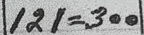
121 = 300